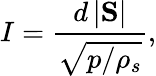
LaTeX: I=\frac{d\, |\mathrm{\mathbf S}|}{\sqrt{p/\rho_{s}}},